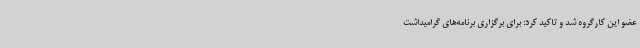
عضو این کارگروه شد و تاکید کرد: برای برگزاری برنامه‌های گرامیداشت